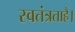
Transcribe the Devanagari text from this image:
स्वतंत्रताहै।